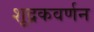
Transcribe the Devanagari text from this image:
शूद्रकवर्णन